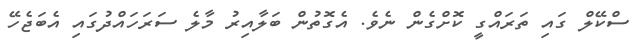
ސްކޭލް ގައި ތަރައްގީ ކޮށްގެން ނެވެ. އެގޮތުން ބަލާއިރު މާލެ ސަރަަހައްދުގައި އެބަޖެހޭ